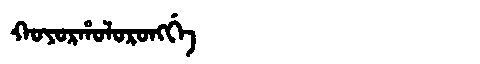
Manchu: ᡴᠣᠶᠣᡵᡥᠣᠯᠣᡵᠣᠩᡤᡝ
Romanization: KOYORHOLORONGGE